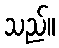
သည်။